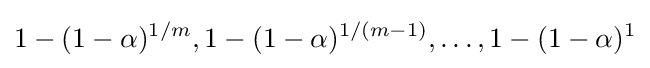
1-(1-\alpha )^{1/m},1-(1-\alpha )^{1/(m-1)},\ldots ,1-(1-\alpha )^{1}